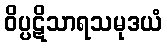
ဝိပ္ပဋိသာရသမုဒယံ